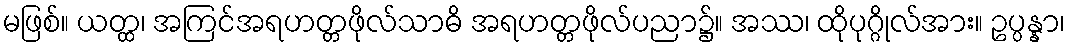
မဖြစ်။ ယတ္ထ၊ အကြင်အရဟတ္တဖိုလ်သာဓိ အရဟတ္တဖိုလ်ပညာ၌။ အဿ၊ ထိုပုဂ္ဂိုလ်အား။ ဥပ္ပန္နာ၊